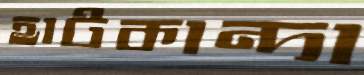
হাটকান্দা